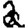
Digit: 2